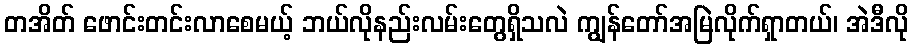
တအိတ် ဖောင်းတင်းလာစေမယ့် ဘယ်လိုနည်းလမ်းတွေရှိသလဲ ကျွန်တော်အမြဲလိုက်ရှာတယ်၊ အဲဒီလို